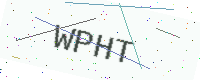
Text: WPHT